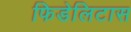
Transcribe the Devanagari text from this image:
फिडेलिटास